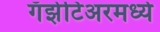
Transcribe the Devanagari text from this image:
गॅझेटिअरमध्ये